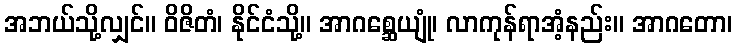
အဘယ်သို့လျှင်။ ဝိဇိတံ၊ နိုင်ငံသို့။ အာဂစ္ဆေယျုံ၊ လာကုန်ရာအံ့နည်း။ အာဂတော၊